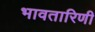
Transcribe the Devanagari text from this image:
भावतारिणी